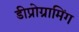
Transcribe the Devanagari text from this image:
डीप्रोग्रामिंग